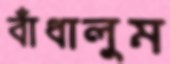
বাঁধালুম